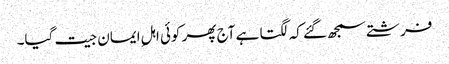
فرشتے سمجھ گئے کہ لگتا ہے آج پھر کوئی اہلِ ایمان جیت گیا۔